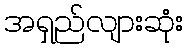
အရှည်လျားဆုံး